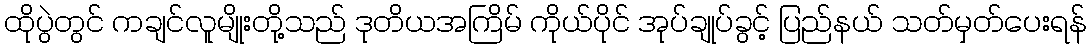
ထိုပွဲတွင် ကချင်လူမျိုးတို့သည် ဒုတိယအကြိမ် ကိုယ်ပိုင် အုပ်ချုပ်ခွင့် ပြည်နယ် သတ်မှတ်ပေးရန်